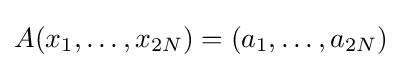
A(x_{1},\ldots ,x_{2N})=(a_{1},\ldots ,a_{2N})